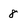
Character: 8